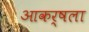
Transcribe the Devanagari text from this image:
आकर्षला